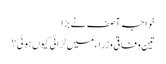
خواجہ آصف نے بڑا
تین وفاقی وزراءمیں لڑائی کیوں ہوئی ؟